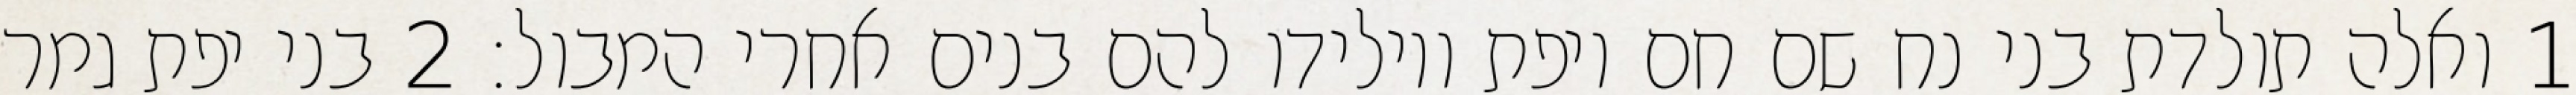
1 ואלה תולדת בני נח שם חם ויפת ויולידו להם בנים אחרי המבול׃ ‎2‏ בני יפת גמר